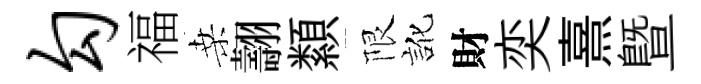
勾福桑翿纇限訛財奕熹曁